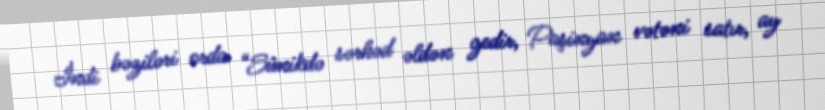
İndi bəziləri orda “Sünikdə sərhəd əldən gedir, Paşinyan vətəni satır, ay